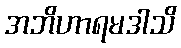
အဘိဟာရမဒါသိ